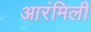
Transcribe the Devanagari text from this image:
आरंमिली